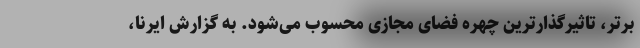
برتر، تاثیرگذارترین چهره فضای مجازی محسوب می‌شود. به گزارش ایرنا،